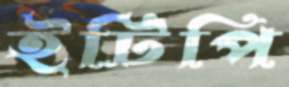
ইটিপি